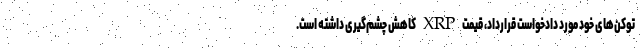
توکن‌های خود مورد دادخواست قرارداد، قیمت XRP کاهش چشم‌گیری داشته است.